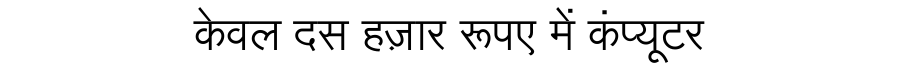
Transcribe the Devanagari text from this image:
केवल दस हज़ार रूपए में कंप्यूटर